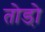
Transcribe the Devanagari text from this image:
तोडो़